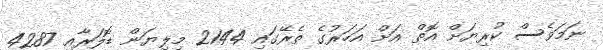
ނަމަވެސް ކުރިޔަށް އޮތް އަށް އަހަރުގެ ތެރޭގައި 2144 މިލިޔަން ޑޮލަރާއި 4287